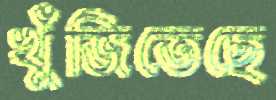
খুঁজিতেছে